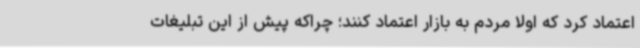
اعتماد کرد که اولا مردم به بازار اعتماد کنند؛ چراکه پیش از این تبلیغات